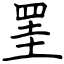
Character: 罣